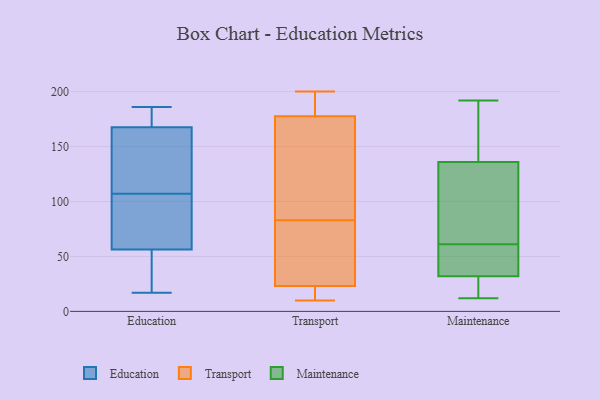
{"axis": {"x": "Net Income (USD K)", "y": "Value"}, "legend": ["Education", "Maintenance", "Transport"], "data": [{"x": "", "y": 17, "type": "Education"}, {"x": "", "y": 80, "type": "Education"}, {"x": "", "y": 67, "type": "Education"}, {"x": "", "y": 165, "type": "Education"}, {"x": "", "y": 112, "type": "Education"}, {"x": "", "y": 104, "type": "Education"}, {"x": "", "y": 24, "type": "Education"}, {"x": "", "y": 159, "type": "Education"}, {"x": "", "y": 165, "type": "Education"}, {"x": "", "y": 175, "type": "Education"}, {"x": "", "y": 98, "type": "Education"}, {"x": "", "y": 21, "type": "Education"}, {"x": "", "y": 18, "type": "Education"}, {"x": "", "y": 177, "type": "Education"}, {"x": "", "y": 107, "type": "Education"}, {"x": "", "y": 178, "type": "Education"}, {"x": "", "y": 186, "type": "Education"}, {"x": "", "y": 112, "type": "Transport"}, {"x": "", "y": 101, "type": "Transport"}, {"x": "", "y": 74, "type": "Transport"}, {"x": "", "y": 83, "type": "Transport"}, {"x": "", "y": 182, "type": "Transport"}, {"x": "", "y": 78, "type": "Transport"}, {"x": "", "y": 198, "type": "Transport"}, {"x": "", "y": 176, "type": "Transport"}, {"x": "", "y": 190, "type": "Transport"}, {"x": "", "y": 20, "type": "Transport"}, {"x": "", "y": 19, "type": "Transport"}, {"x": "", "y": 130, "type": "Transport"}, {"x": "", "y": 24, "type": "Transport"}, {"x": "", "y": 26, "type": "Transport"}, {"x": "", "y": 19, "type": "Transport"}, {"x": "", "y": 10, "type": "Transport"}, {"x": "", "y": 200, "type": "Transport"}, {"x": "", "y": 39, "type": "Maintenance"}, {"x": "", "y": 136, "type": "Maintenance"}, {"x": "", "y": 83, "type": "Maintenance"}, {"x": "", "y": 187, "type": "Maintenance"}, {"x": "", "y": 12, "type": "Maintenance"}, {"x": "", "y": 25, "type": "Maintenance"}, {"x": "", "y": 32, "type": "Maintenance"}, {"x": "", "y": 70, "type": "Maintenance"}, {"x": "", "y": 192, "type": "Maintenance"}, {"x": "", "y": 52, "type": "Maintenance"}]}